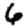
Digit: 6